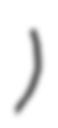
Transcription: خان)